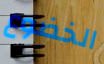
الخضوع